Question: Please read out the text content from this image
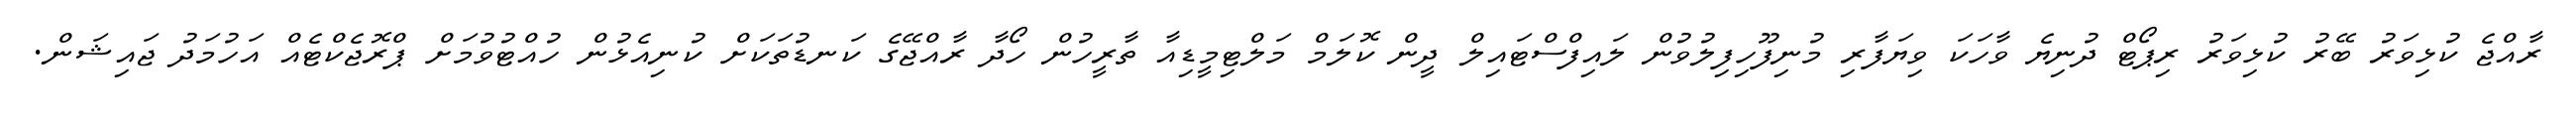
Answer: ރާއްޖެ ކުޅިވަރު ބޭރު ކުޅިވަރު ރިޕޯޓް ދުނިޔެ ވާހަކަ ވިޔަފާރި މުނިފޫހިފިލުވުން ލައިފްސްޓައިލް ދީން ކޮލަމް މަލްޓިމީޑިއާ ތާރީހުން ހޯދާ ރާއްޖޭގެ ކަނޑުތަކަށް ކުނިއެޅުން ހުއްޓުވުމަށް ޕްރޮޖެކްޓެއް އަހުމަދު ޖައިޝަން.